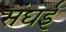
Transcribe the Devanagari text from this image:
संघई